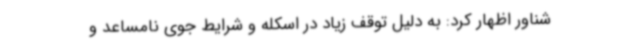
شناور اظهار کرد: به دلیل توقف زیاد در اسکله و شرایط جوی نامساعد و